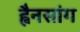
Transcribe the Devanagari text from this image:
ह्वैनसांग